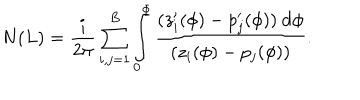
LaTeX: N ( L ) = \frac { i } { 2 \pi } \sum _ { i , j = 1 } ^ { B } \int _ { 0 } ^ { \Phi } \frac { ( z _ { i } ^ { \prime } ( \phi ) - p _ { j } ^ { \prime } ( \phi ) ) ~ \mathrm { d } \phi } { ( z _ { i } ( \phi ) - p _ { j } ( \phi ) ) } .